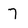
Character: 7